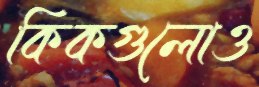
কিকগুলোও